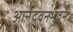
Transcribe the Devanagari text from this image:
आनंदवनभुवन